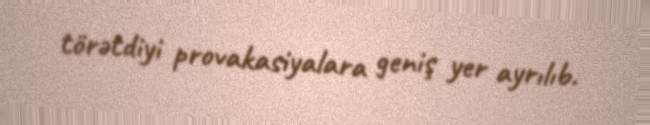
törətdiyi provakasiyalara geniş yer ayrılıb.